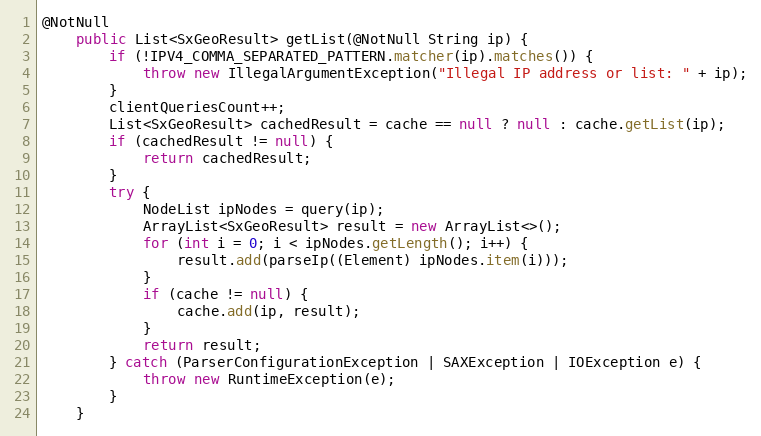
Language: Java
@NotNull
    public List<SxGeoResult> getList(@NotNull String ip) {
        if (!IPV4_COMMA_SEPARATED_PATTERN.matcher(ip).matches()) {
            throw new IllegalArgumentException("Illegal IP address or list: " + ip);
        }
        clientQueriesCount++;
        List<SxGeoResult> cachedResult = cache == null ? null : cache.getList(ip);
        if (cachedResult != null) {
            return cachedResult;
        }
        try {
            NodeList ipNodes = query(ip);
            ArrayList<SxGeoResult> result = new ArrayList<>();
            for (int i = 0; i < ipNodes.getLength(); i++) {
                result.add(parseIp((Element) ipNodes.item(i)));
            }
            if (cache != null) {
                cache.add(ip, result);
            }
            return result;
        } catch (ParserConfigurationException | SAXException | IOException e) {
            throw new RuntimeException(e);
        }
    }